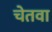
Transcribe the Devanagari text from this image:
चेतवा